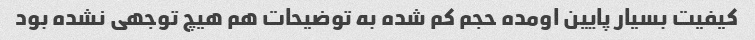
کیفیت بسیار پایین اومده حجم کم شده به توضیحات هم هیچ توجهی نشده بود